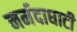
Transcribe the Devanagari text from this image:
नर्मदाघाटी